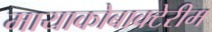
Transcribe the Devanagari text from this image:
मायाकोबाक्टेरीम